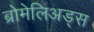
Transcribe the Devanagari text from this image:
ब्रोमेलिअड्स